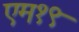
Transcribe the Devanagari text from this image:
एम१९